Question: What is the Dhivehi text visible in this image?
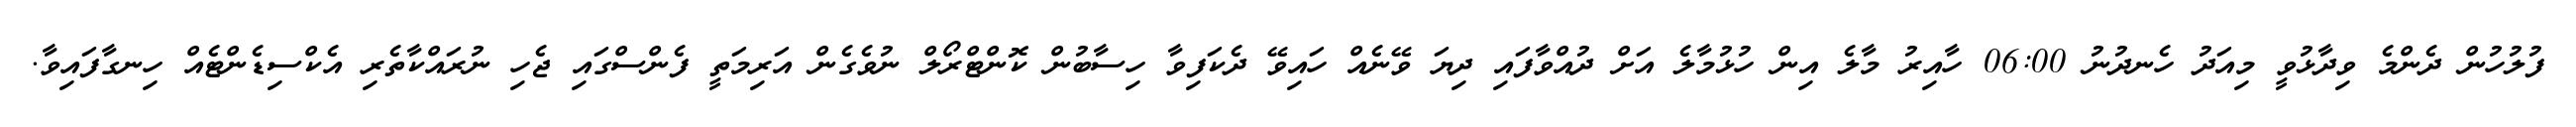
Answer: ފުލުހުން ދެންމެ ވިދާޅުވީ މިއަދު ހެނދުނު 06:00 ހާއިރު މާލެ އިން ހުޅުމާލެ އަށް ދުއްވާފައި ދިޔަ ވޭނެއް ހައިވޭ ދެކަފިވާ ހިސާބުން ކޮންޓްރޯލް ނުވެގެން އަރިމަތީ ފެންސްގައި ޖެހި ނުރައްކާތެރި އެކްސިޑެންޓެއް ހިނގާފައިވާ.